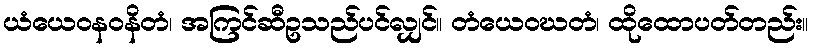
ယံယေဝနဝနိတံ၊ အကြင်ဆီဥသည်ပင်လျှင်။ တံယေဝဃတံ၊ ထိုထောပတ်တည်း။